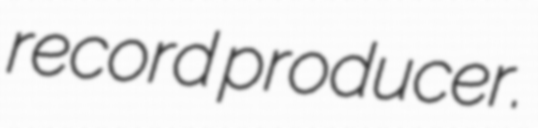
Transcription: record producer.